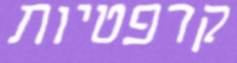
קרפטיות